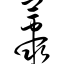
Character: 丛